Reports on military cantonments and civil stations in the Presidency of Bombay inspected by the Sanitary Commissioner in the years 1875 and 1876
Year: 1875
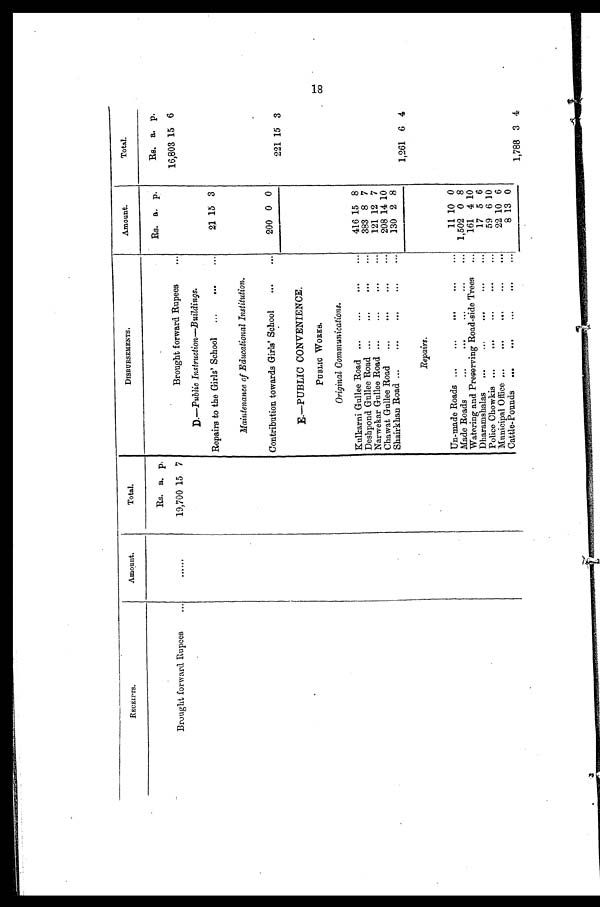
RECEIPTS.
Amount.
Total.
DISBURSEMENTS.
Amount.
Total.
Rs. a. p.
Rs. a. p.
Rs. a. p.
Brought forward Rupees...
. . . . . .
19,700 15 7
Brought forward Rupees
...
16,803 15 6
D.— Public Instruction—Buildings.
Repairs to the Girls' School ...
...
...
21 15 3
Maintenance of Educational Institution.
Contribution towards Girls' School
...
...
200 0 0
221 15 3
E.—PUBLIC CONVENIENCE.
P U B L I C W O R K S .
Original Communications.
Kulkarni Gullee Road ...
...
...
...
416 15 8
Deshpond Gullee Road ...
...
...
...
383 8 7
Narwekar Gullee Road ...
...
...
...
121 12 7
Chawat Gullee Road
...
.... ... ...
208 14 10
Shairkhan Road ...
...
...
...
...
130 2 8
1,261 6 4
Repairs.
Un-made Roads ...
...
...
...
...
11 10 0
Made Roads
...
...
...
...
... 1,502 0 8
Watering and Preserving Road-side Trees ...
161 4 10
Dharamshalas ...
...
...
17 5 6
Police Chowkis ...
...
...
...
59 6 10
Municipal Office ...
...
...
...
...
22 10 6
Cattle-Pounds ...
...
...
...
8 13 0
1,788 3 4
18